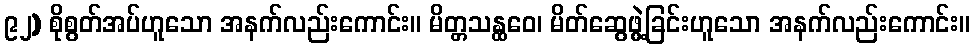
၉၂) စိုစွတ်အပ်ဟူသော အနက်လည်းကောင်း။ မိတ္တသန္ထဝေ၊ မိတ်ဆွေဖွဲ့ခြင်းဟူသော အနက်လည်းကောင်း။